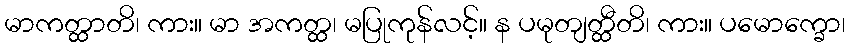
မာကတ္ထာတိ၊ ကား။ မာ အကတ္ထ၊ မပြုကုန်လင့်။ န ပမုတျတ္ထီတိ၊ ကား။ ပမောက္ခော၊